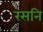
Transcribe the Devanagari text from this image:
रसनि